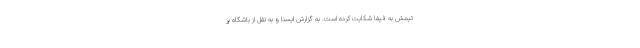
تیمش به فیفا شکایت کرده است. به گزارش ایسنا و به نقل از باشگاه پر